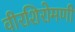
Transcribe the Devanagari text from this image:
वीरशिरोमणी